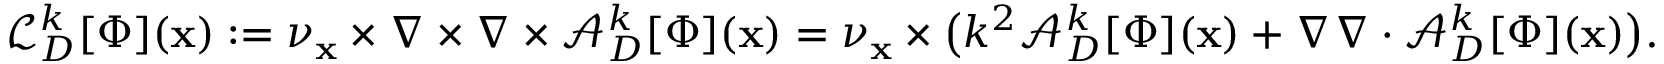
\mathcal { L } _ { D } ^ { k } [ \Phi ] ( \mathbf { x } ) : = \nu _ { \mathbf { x } } \times \nabla \times \nabla \times \mathcal { A } _ { D } ^ { k } [ \Phi ] ( \mathbf { x } ) = \nu _ { \mathbf { x } } \times \big ( k ^ { 2 } \mathcal { A } _ { D } ^ { k } [ \Phi ] ( \mathbf { x } ) + \nabla \nabla \cdot \mathcal { A } _ { D } ^ { k } [ \Phi ] ( \mathbf { x } ) \big ) .